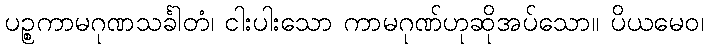
ပဉ္စကာမဂုဏသင်္ခါတံ၊ ငါးပါးသော ကာမဂုဏ်ဟုဆိုအပ်သော။ ပိယမေဝ၊